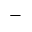
-